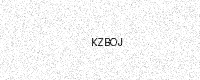
Text: KZBOJ